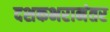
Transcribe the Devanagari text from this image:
दशकभरानंतर